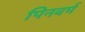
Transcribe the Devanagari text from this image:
पिनवर्म